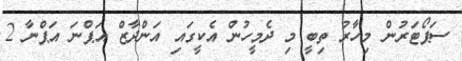
ސަޕޯޓަރުން މިހާރު ތިބީ މި ދެމީހުން އެކީގައި އަންދާޒް އަޕްނަ އަޕްނާ 2